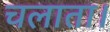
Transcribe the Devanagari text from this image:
चलाता।